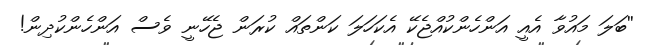
''ބަލަ މައުވާ އެއީ އަންހެންކުއްޖެކޭ އެކަހަލަ ކަންތައް ކުރަން ޖެހޭނީ ވެސް އަންހެންކުދިން!